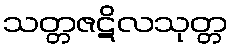
သတ္တဇဋိလသုတ္တ